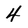
Character: 4